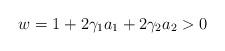
LaTeX: \begin{align*} w=1+2\gamma_1 a_1+2\gamma_2 a_2>0 \end{align*}